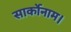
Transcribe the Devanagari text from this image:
सार्कोनाम।